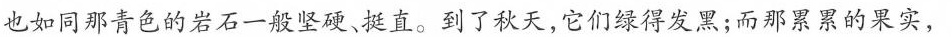
也如同那青色的岩石一般坚硬。挺直。到了秋天，它们绿得发黑；而那累累的果实，